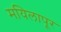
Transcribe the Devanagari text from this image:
मयिलापूर